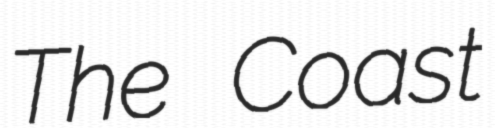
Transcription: The Coast